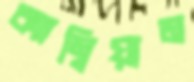
ক্যাম্বিয়াম